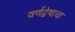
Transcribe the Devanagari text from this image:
वर्णद्वेषाचा